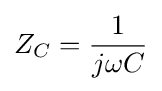
Z_{C}={\frac {1}{j\omega C}}